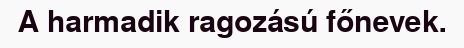
A harmadik ragozású főnevek.